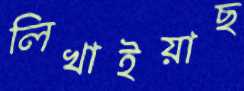
লিখাইয়াছ